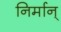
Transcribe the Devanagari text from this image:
निर्मान्